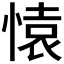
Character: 𮲊